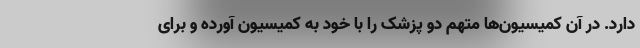
دارد. در آن کمیسیون‌ها متهم دو پزشک را با خود به کمیسیون آورده و برای